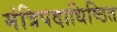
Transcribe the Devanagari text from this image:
मंत्रिपदाधिष्ठित